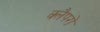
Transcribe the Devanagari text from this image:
क्लैपरों